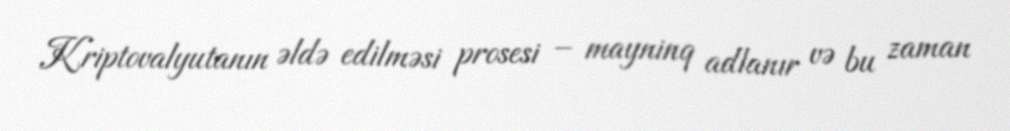
Kriptovalyutanın əldə edilməsi prosesi – mayninq adlanır və bu zaman